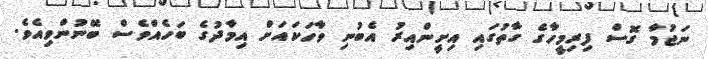
ނަޖުމާ ގޮސް ފިރިމީހާގެ ގާތުގައި އިށީންއިރު އެބުނި ވާހަކައަށް އިމާދުގެ ބަހެއްވެސް ބޭނުންވިއެވެ.